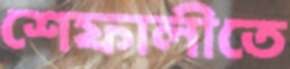
শেফালীতে